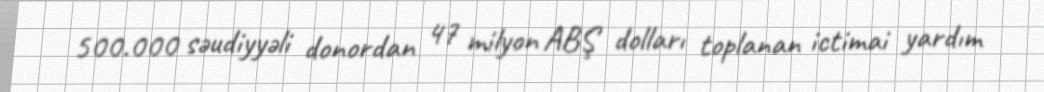
500.000 səudiyyəli donordan 47 milyon ABŞ dolları toplanan ictimai yardım